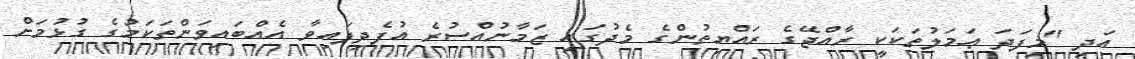
އަދި "މިފަދަ ޢަމަލުތަކަކީ ރާއްޖޭގެ ރައްޔިތުންގެ މެދުގައި ޒަމާނުއްސުރެ އުފެދިފައިވާ އެއްބައިވަންތަކަމުގެ ގުޅުމަށް